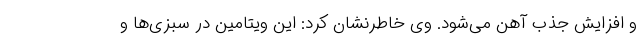
و افزایش جذب آهن می‌شود. وی خاطرنشان کرد: این ویتامین در سبزی‌ها و